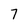
Character: 7